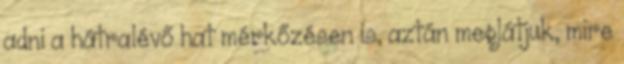
adni a hátralévő hat mérkőzésen is, aztán meglátjuk, mire